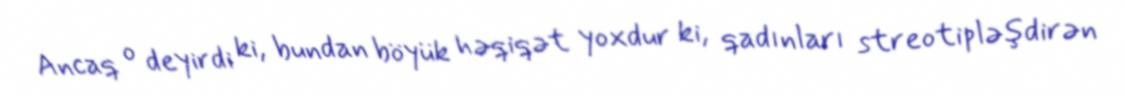
Ancaq o deyirdi ki, bundan böyük həqiqət yoxdur ki, qadınları streotipləşdirən